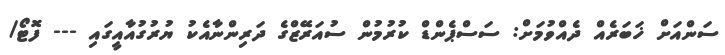
ސަންއަށް ޚަބަރެއް ދެއްވުމަށް: ސަސްޕެންޑް ކުރުމުން ސުއަރޭޒްގެ ދަރިންނާއެކު ޔުރުގުއާއީގައި --- ފޮޓޯ/